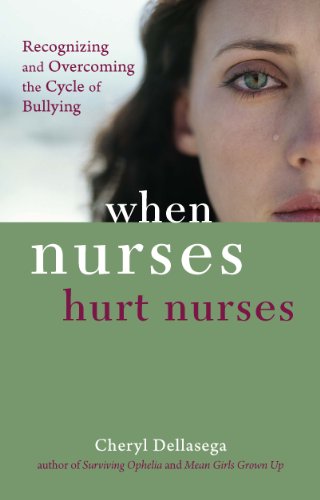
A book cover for When Nurses Hurt Nurses; Cheryl Dellasega; Medical Books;